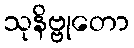
သုနိဗ္ဗုတော